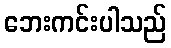
ဘေးကင်းပါသည်